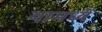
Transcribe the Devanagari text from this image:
यामध्यें